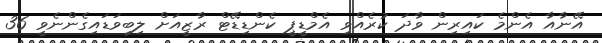
އޭނާއާ އެންމެ ކައިރިން ވާދަ ކުރެއްވި އެމްޑީޕީ ކެންޑިޑޭޓް ރާޒީއަށް ލިބިވަޑައިގެންނެވީ 36